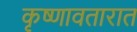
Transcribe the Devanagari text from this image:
कृष्णावतारात